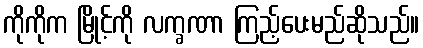
ကိုကိုက မြိုင့်ကို လက္ခဏာ ကြည့်ပေးမည်ဆိုသည်။